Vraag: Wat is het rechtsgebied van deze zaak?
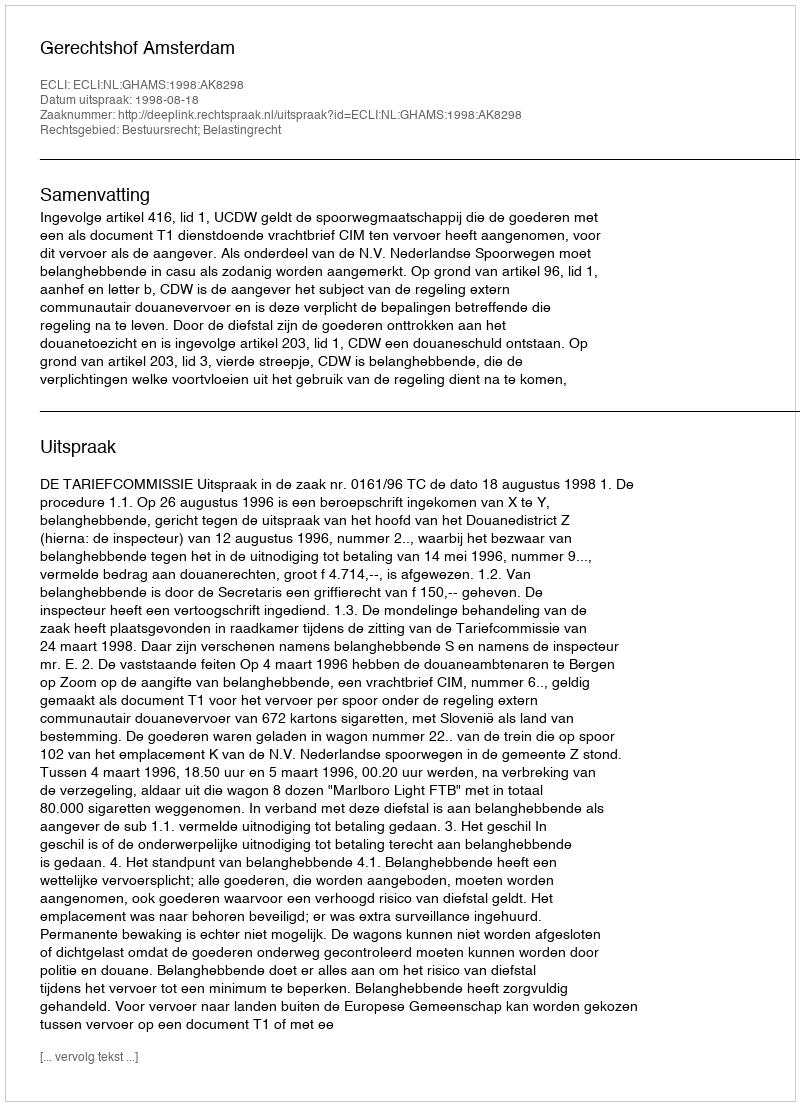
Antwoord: Bestuursrecht; Belastingrecht